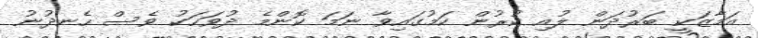
އަމާޒަކީ ބަރުދަން ލުއި ކުރުން ކަމުގައިވާ ނަމަ ކޮންމެ ދުވަހަކު ވެސް ހެނދުނު